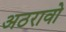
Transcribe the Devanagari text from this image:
अठरावो